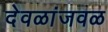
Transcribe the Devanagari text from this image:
देवळांजवळ